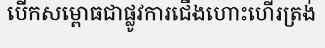
បើកសម្ពោធជាផ្លូវការជើងហោះហើរត្រង់